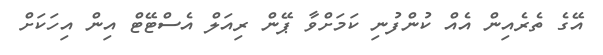
އޭގެ ތެރެއިން އެއް ކުންފުނި ކަމަށްވާ ޕޭން ރިއަލް އެސްޓޭޓް އިން އިހަކަށް